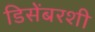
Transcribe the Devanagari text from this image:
डिसेंबरशी